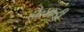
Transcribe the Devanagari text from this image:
हौलकडी